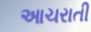
આચરાતી